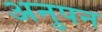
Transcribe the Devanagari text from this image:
अनुपन